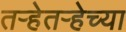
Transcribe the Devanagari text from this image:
तऱ्हेतऱ्हेच्या